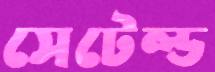
সেটেল্ড